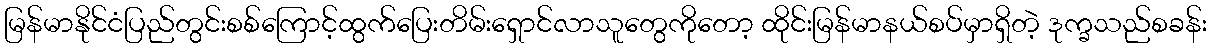
မြန်မာနိုင်ငံပြည်တွင်းစစ်ကြောင့်ထွက်ပြေးတိမ်းရှောင်လာသူတွေကိုတော့ ထိုင်းမြန်မာနယ်စပ်မှာရှိတဲ့ ဒုက္ခသည်စခန်း